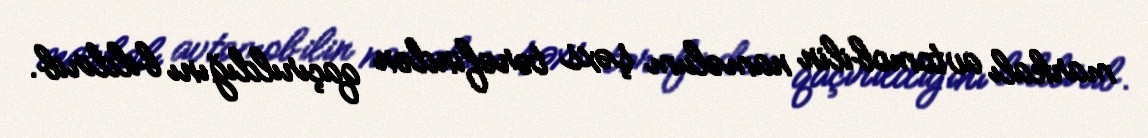
markalı avtomobilin naməlum şəxs tərəfindən qaçırıldığını bildirib.